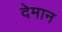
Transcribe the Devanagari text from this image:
देमान